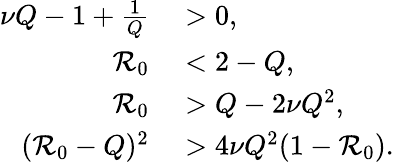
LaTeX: \begin{array}{rl}{\nu Q-1+\frac 1Q}&{{}>0,}\\ {\mathcal{R}_{0}}&{{}<2-Q,}\\ {\mathcal{R}_{0}}&{{}>Q-2\nu Q^{2},}\\ {(\mathcal{R}_{0}-Q)^{2}}&{{}>4\nu Q^{2}(1-\mathcal{R}_{0}).}\end{array}